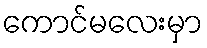
ကောင်မလေးမှာ